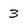
Character: 3